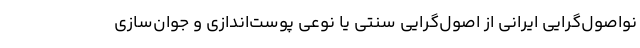
نواصول‌گرایی ایرانی از اصول‌گرایی سنتی یا نوعی پوست‌اندازی و جوان‌سازی